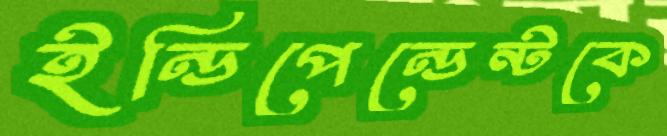
ইন্ডিপেন্ডেন্টকে